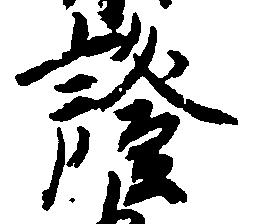
証